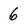
Character: 6